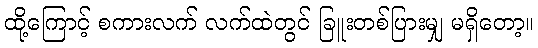
ထို့ကြောင့် စကားလက် လက်ထဲတွင် ခြူးတစ်ပြားမျှ မရှိတော့။